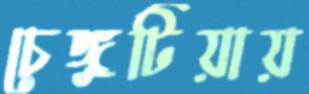
চেঙ্গুটিয়ায়